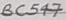
Text: BC547